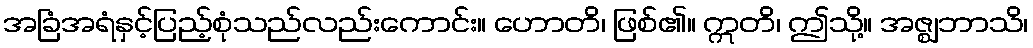
အခြံအရံနှင့်ပြည့်စုံသည်လည်းကောင်း။ ဟောတိ၊ ဖြစ်၏။ ဣတိ၊ ဤသို့။ အဇ္ဈဘာသိ၊